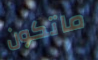
ماتكون